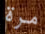
مرة